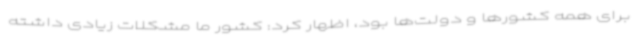
برای همه کشورها و دولت‌ها بود، اظهار کرد: کشور ما مشکلات زیادی داشته